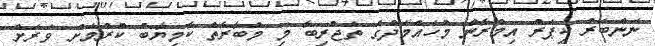
ނަންބަރު ކީޕަރު އިމްރާން މުހައްމަދުގެ ތަޖުރިބާ މި މުބާރާތް ކާމިޔާބު ކުރުމަށް ވަރަށް